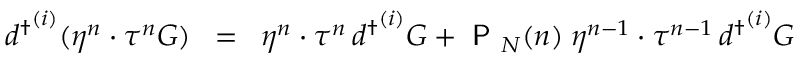
{ d ^ { \dagger } } ^ { ( i ) } ( \eta ^ { n } \cdot \tau ^ { n } { \cal { G } } ) \; \; = \; \; \eta ^ { n } \cdot \tau ^ { n } \, { d ^ { \dagger } } ^ { ( i ) } { \cal { G } } + { \textsf { P } } _ { N } ( n ) \; \eta ^ { n - 1 } \cdot \tau ^ { n - 1 } \, { d ^ { \dagger } } ^ { ( i ) } { \cal { G } }